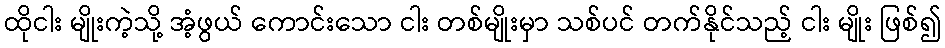
ထိုငါး မျိုးကဲ့သို့ အံ့ဖွယ် ကောင်းသော ငါး တစ်မျိုးမှာ သစ်ပင် တက်နိုင်သည့် ငါး မျိုး ဖြစ်၍